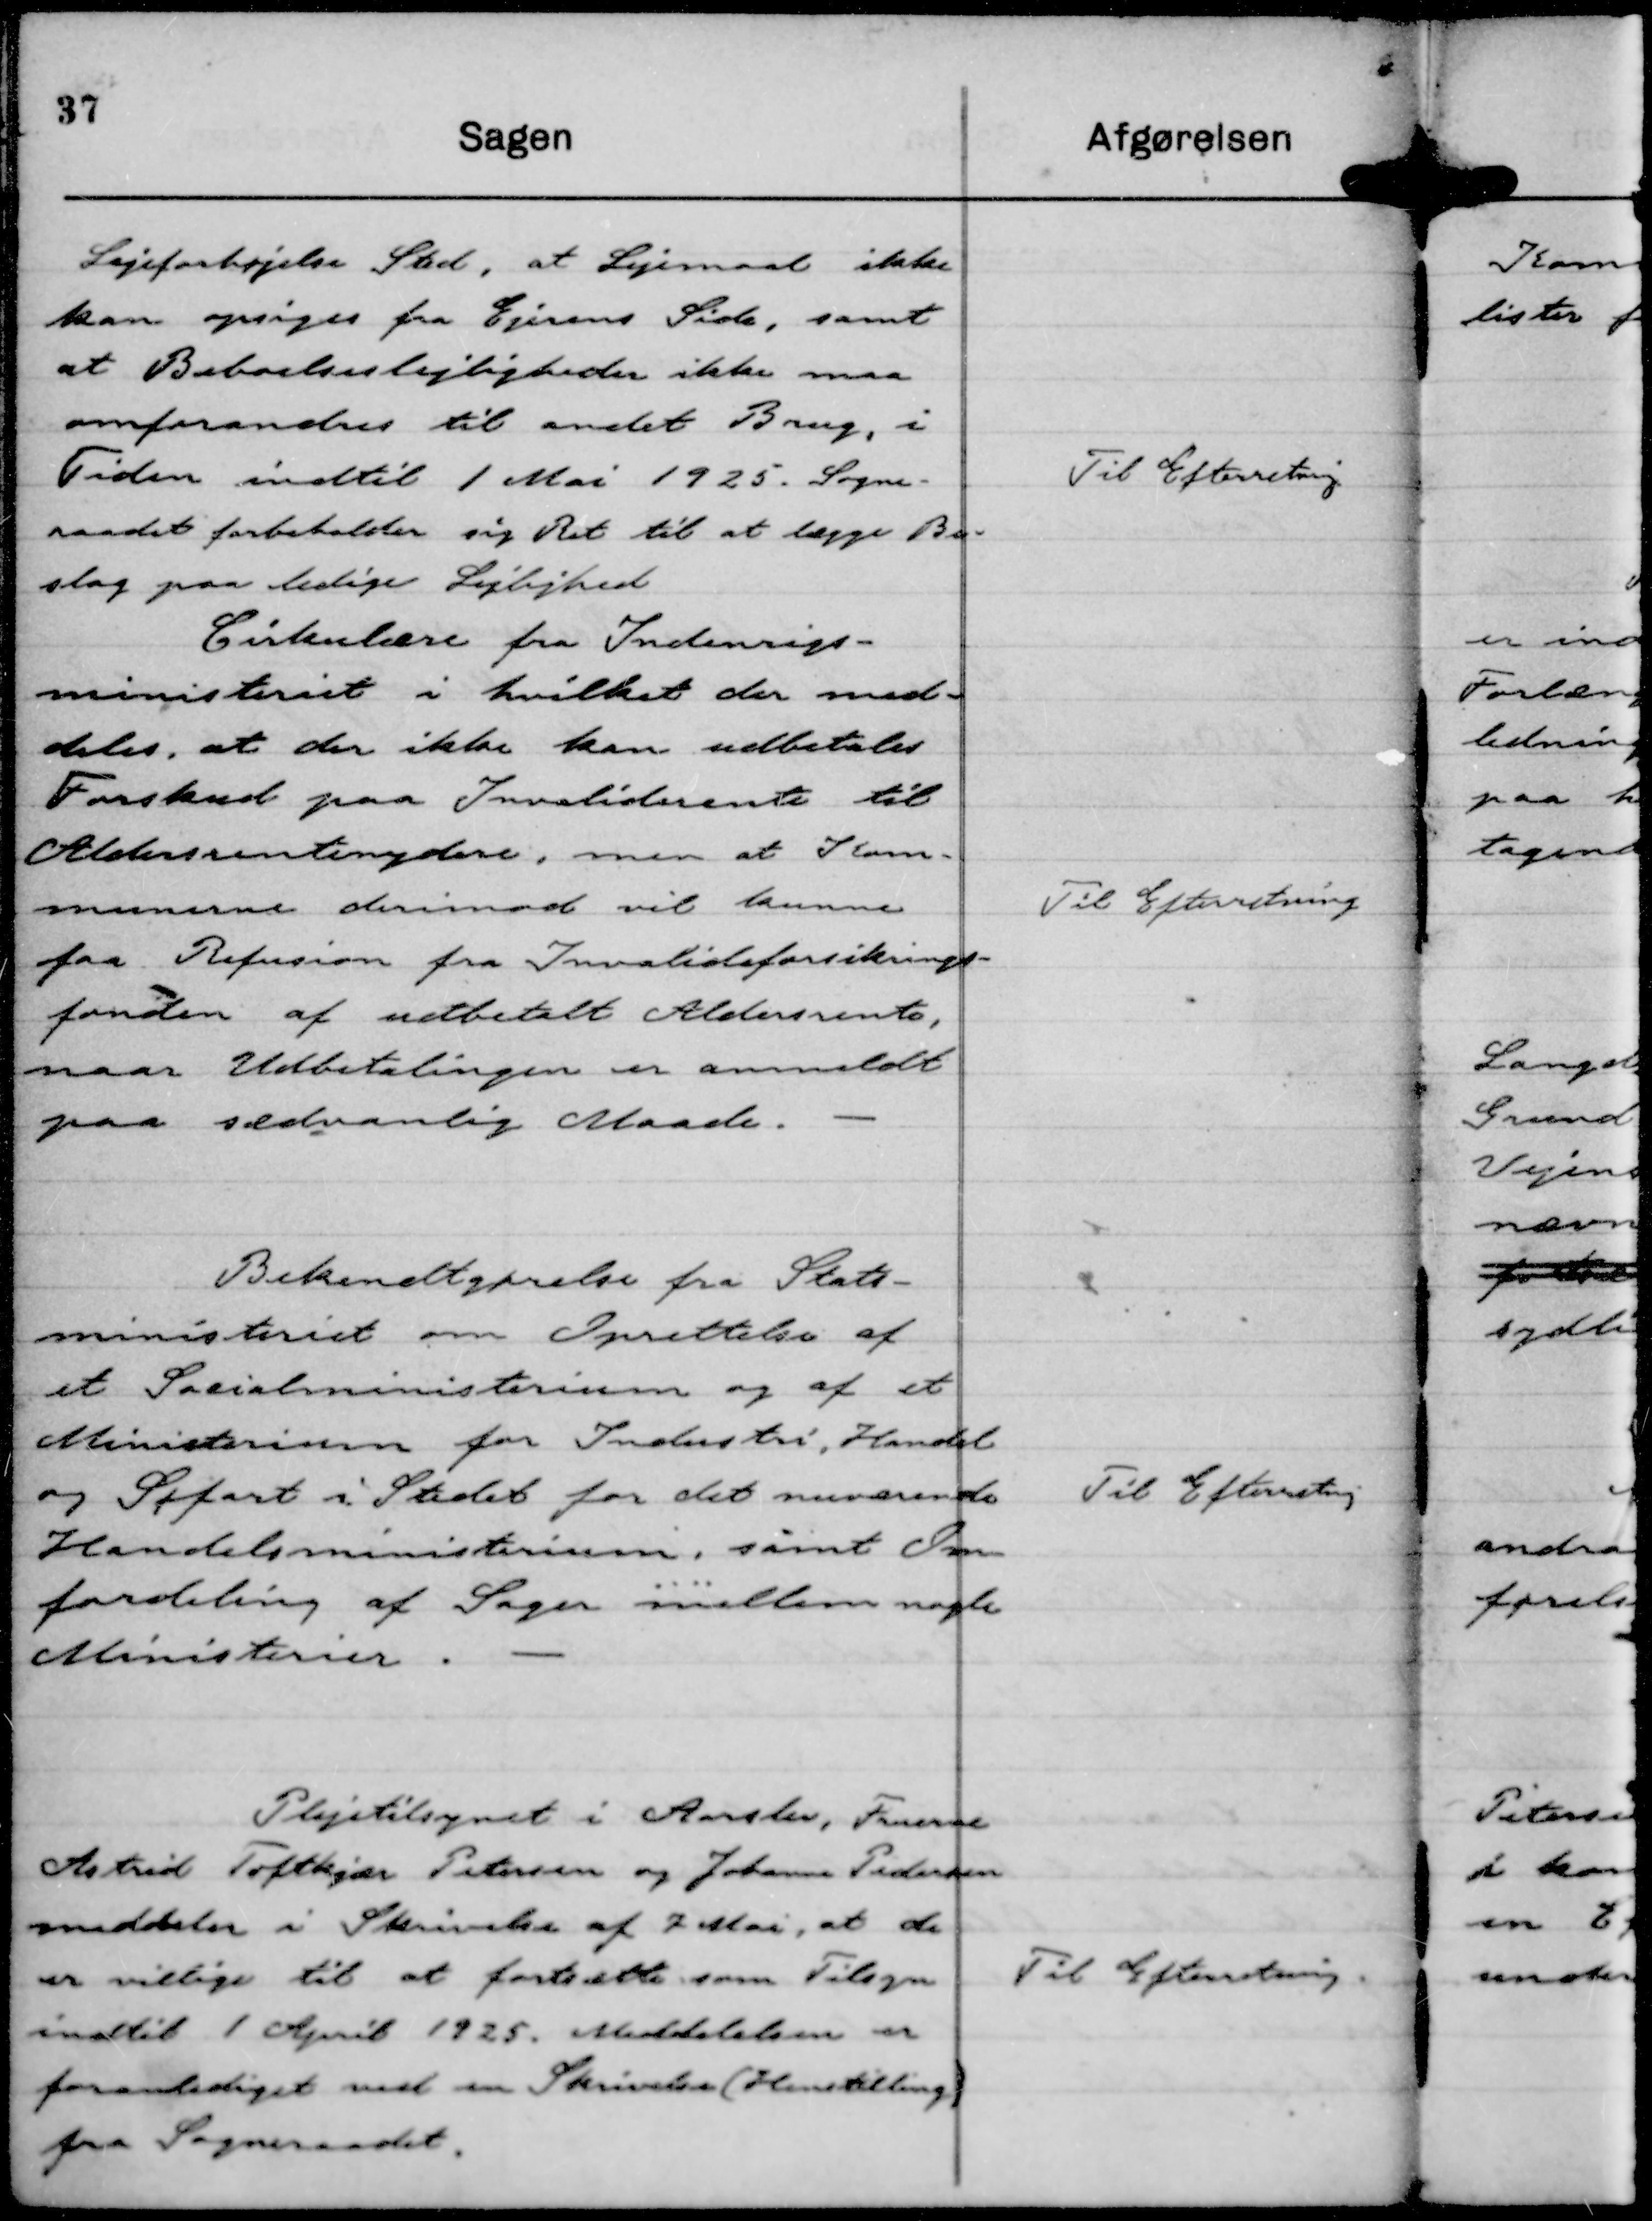
Transskription:
Lejeforhøjelse Sted, at Lejemaal ikke
kan opsiges fra Ejerens Side, samt
at Beboelseslejligheder ikke maa
omforandres til andet Brug, i
Tiden indtil 1 Mai 1925. Sogne-
raadet forbeholder sig Ret til at lægge Be-
slag paa ledige Lejlighede

Til Efterretning

Cirkulære fra Indenrigs-
ministeriet i hvilket der med-
deles, at der ikke kan udbetales
Forskud paa Invaliderente til
Aldersrentenydere, men at Kom-
munerne derimod vil kunne
faa Refusion fra Invalideforsikrings-
fonden af udbetalt Aldersrente,
naar Udbetalingen er anmeldt
paa sædvanlig Maade.

Til Efterretning

Bekendtgørelse fra Stats-
ministeriet om Oprettelse af
et Socialministerium og af et
Ministerium for Industri, Handel
og Søfart i Stedet for det nuværende
Handelsministerium, samt Om-
fordeling af Sager mellem nogle
Ministerier.

Til Efterretning

Plejetilsynet i Aarslev, Fruerne
Astrid Toftkjær Petersen og Johanne Pedersen
meddeler i Skrivelse af 7 Mai, at de
er villige til at fortsætte som Tilsyn
indtil 1 April 1925. Meddelelsen er
foranlediget ved en Skrivelse (Henstilling)
fra Sogneraadet.

Til Efterretning.